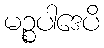
မဉ္စပါဒေပိ